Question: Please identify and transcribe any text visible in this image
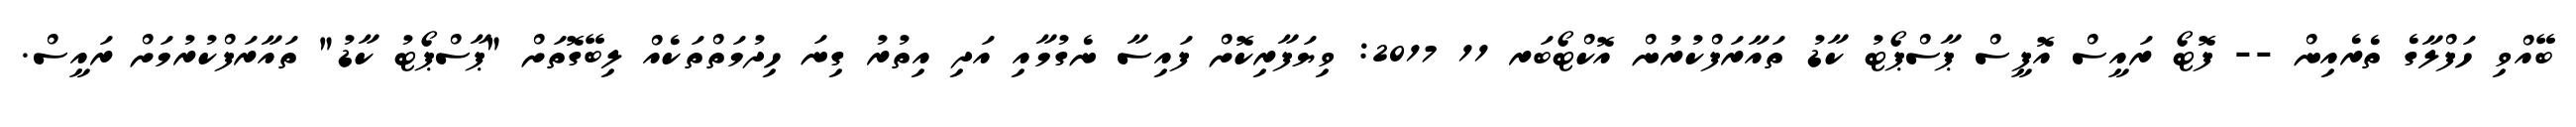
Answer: ބޭއްވި ހަފްލާގެ ތެރެއިން -- ފޮޓޯ ރައީސް އޮފީސް ޕާސްޕޯޓު ކާޑު ތައާރަފްކުރުން އޮކްޓޯބަރ 11 2017: ވިޔަފާރިކޮށް ފައިސާ ނެގުމާއި އަދި އިތުރު ގިނަ ހިދުމަތްތަކެއް ލިބޭގޮތަށް "ޕާސްޕޯޓު ކާޑު" ތައާރަފްކުރުމަށް ރައީސް.